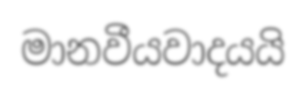
මානවීයවාදයයි